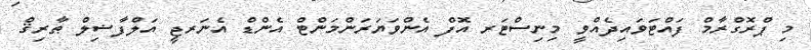
މި ޕްރޮގްރާމް ފައްޓަވައިދެއްވީ މިނިސްޓަރ އޮފް އެންވަޔަރަންމަންޓް އެންޑް އެނަރޖީ އަލްފާޟިލް ޠާރިޤް